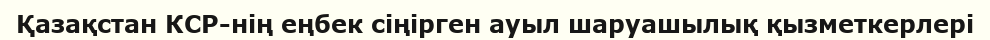
Қазақстан КСР-нің еңбек сіңірген ауыл шаруашылық қызметкерлері